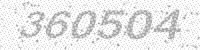
Solution: 360504